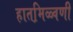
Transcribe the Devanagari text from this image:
हातमि़ळ्वणी